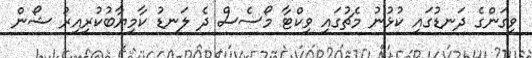
ވިގަންގެ ދަނޑުގައި ކުޅުނު މެޗުގައި ވިކްޓާ މޯސެސް ދެ ލަނޑު ކާމިޔާބުކުރިއިރު ޝޯން